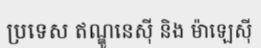
ប្រទេស ឥណ្ឌូនេស៊ី និង ម៉ាឡេស៊ី